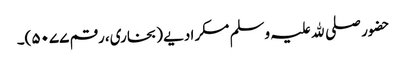
حضور صلی ﷲ علیہ وسلم مسکرا دیے (بخاری، رقم ۵۰۷۷)۔